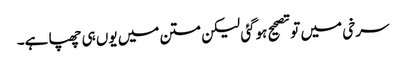
سرخی میں تو تصحیح ہوگئی لیکن متن میں یوں ہی چھپا ہے۔